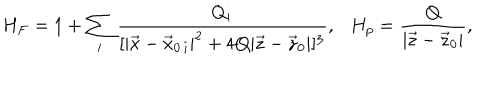
H _ { F } = 1 + \sum _ { i } { \frac { Q _ { i } } { [ | \vec { x } - \vec { x } _ { 0 \, i } | ^ { 2 } + 4 Q | \vec { z } - \vec { z } _ { 0 } | ] ^ { 3 } } } , \ \ \ H _ { p } = { \frac { Q } { | \vec { z } - \vec { z } _ { 0 } | } } ,